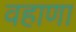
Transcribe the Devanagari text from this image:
वहाणा